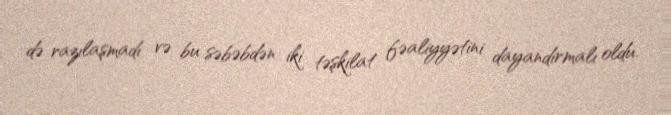
də razılaşmadı və bu səbəbdən iki təşkilat fəaliyyətini dayandırmalı oldu.